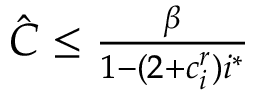
\begin{array} { r } { \hat { C } \le \frac { \beta } { 1 - ( 2 + c _ { i } ^ { r } ) i ^ { * } } } \end{array}